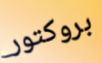
بروكتور